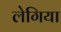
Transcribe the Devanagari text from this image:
लेगिया